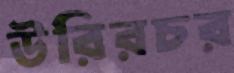
উরিরচর